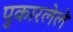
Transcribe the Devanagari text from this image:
पुकारलेले